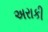
અરાકી